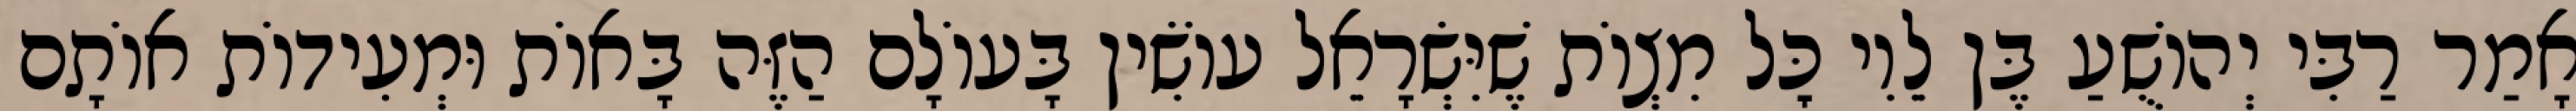
אָמַר רַבִּי יְהוֹשֻׁעַ בֶּן לֵוִי כׇּל מִצְוֹת שֶׁיִּשְׂרָאֵל עוֹשִׂין בָּעוֹלָם הַזֶּה בָּאוֹת וּמְעִידוֹת אוֹתָם